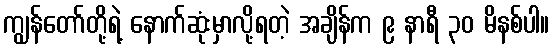
ကျွန်တော်တို့ရဲ့ နောက်ဆုံးမှာလို့ရတဲ့ အချိန်က ၉ နာရီ ၃၀ မိနစ်ပါ။